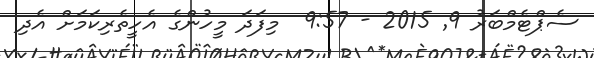
ސެޕްޓެމްބަރު 9